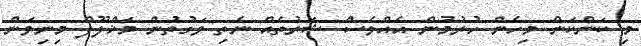
މި ކަންކަން މިހެން ހުރުމުން އެއްވެސް ޝަރުތެއް ނެތި ވަގުތުން މަޚްލޫފް މިނިވަން